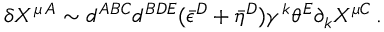
\delta X ^ { \mu \, A } \sim d ^ { A B C } d ^ { B D E } ( \bar { \epsilon } ^ { D } + \bar { \eta } ^ { D } ) \gamma ^ { k } \theta ^ { E } \partial _ { k } X ^ { \mu C } \, .